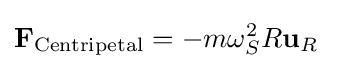
\mathbf {F} _{\mathrm {Centripetal} }=-m\omega _{S}^{2}R\mathbf {u} _{R}\